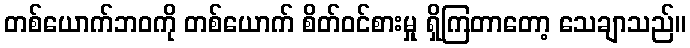
တစ်ယောက်ဘဝကို တစ်ယောက် စိတ်ဝင်စားမှု ရှိကြတာတော့ သေချာသည်။